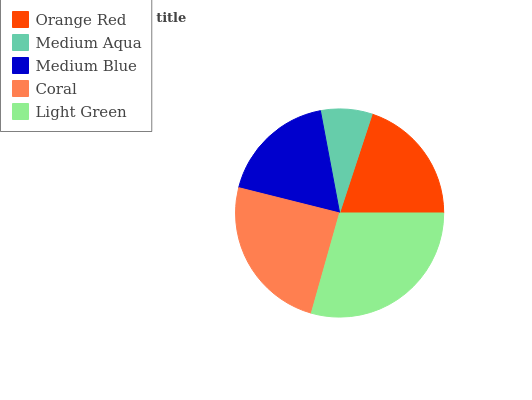
| Orange Red | Medium Aqua | Medium Blue | Coral | Light Green |
 | --- | --- | --- | --- | --- |
 | 19.9% | 8.01% | 18.1% | 24.5% | 29.4% |